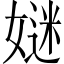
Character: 㜆